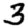
Digit: 3